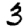
Digit: 3